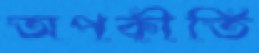
অপকীর্তি